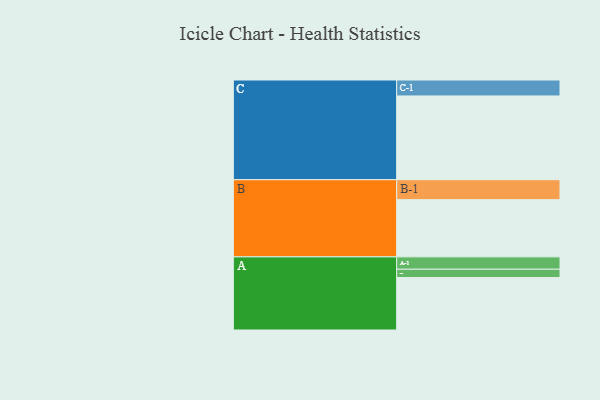
{"axis": {"x": "Segment", "y": "Value"}, "legend": ["", "A", "B", "C"], "data": [{"x": "A", "y": 365, "type": ""}, {"x": "B", "y": 398, "type": ""}, {"x": "C", "y": 583, "type": ""}, {"x": "A-1", "y": 86, "type": "A"}, {"x": "A-2", "y": 58, "type": "A"}, {"x": "B-1", "y": 139, "type": "B"}, {"x": "C-1", "y": 111, "type": "C"}]}